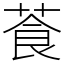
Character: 䓹